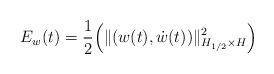
LaTeX: \begin{align*}E_w(t) = \frac{1}{2} \Big( \|(w(t),\dot w(t))\|^2_{H_{1/2} \times H}\Big)\end{align*}